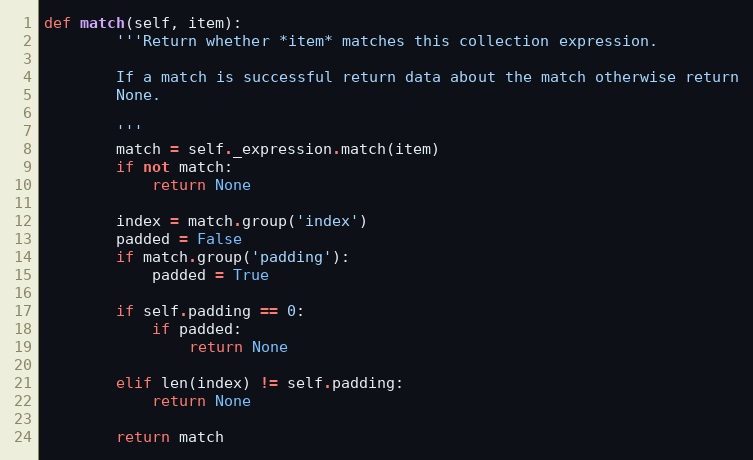
Language: Python
def match(self, item):
        '''Return whether *item* matches this collection expression.

        If a match is successful return data about the match otherwise return
        None.

        '''
        match = self._expression.match(item)
        if not match:
            return None

        index = match.group('index')
        padded = False
        if match.group('padding'):
            padded = True

        if self.padding == 0:
            if padded:
                return None

        elif len(index) != self.padding:
            return None

        return match